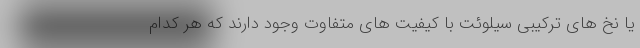
یا نخ های ترکیبی سیلوئت با کیفیت های متفاوت وجود دارند که هر کدام